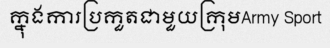
ក្នុងការប្រកួតជាមួយក្រុមArmy Sport